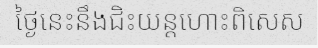
ថ្ងៃនេះនឹងជិះយន្តហោះពិសេស